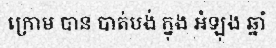
ក្រោម បាន បាត់បង់ ក្នុង អំឡុង ឆ្នាំ